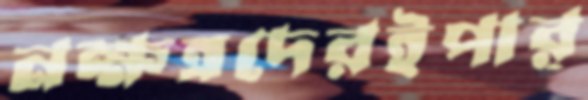
নক্ষত্রদেরইপার্